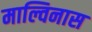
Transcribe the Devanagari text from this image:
माल्विनास